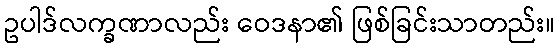
ဥပါဒ်လက္ခဏာလည်း ဝေဒနာ၏ ဖြစ်ခြင်းသာတည်း။